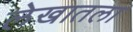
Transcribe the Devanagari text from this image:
लेखातला